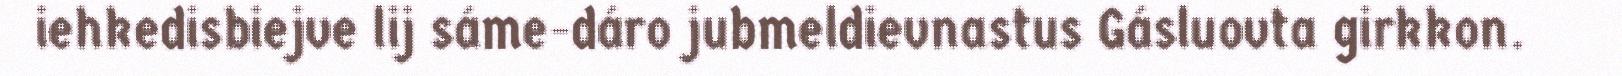
iehkedisbiejve lij sáme-dáro jubmeldievnastus Gásluovta girkkon.